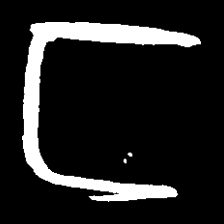
Pyu character \u2014 Myanmar letter: င (romanized: nga)